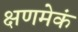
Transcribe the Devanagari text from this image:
क्षणमेकं